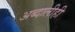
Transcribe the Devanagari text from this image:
अब्दालीही